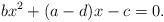
\begin{align*}bx^2+(a-d)x-c=0.\end{align*}